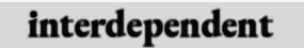
interdependent